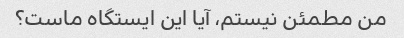
من مطمئن نیستم، آیا این ایستگاه ماست؟